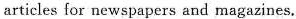
articles for newspapers and magazines.